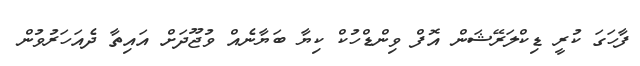
ފާހަގަ ކުރީ ޑިކްލަރޭޝަން އޮފް ވިންޑްހުކް ކިޔާ ބަޔާނެއް ވުޖޫދަށް އައިތާ ދެއަހަރުވުން